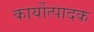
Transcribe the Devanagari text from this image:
कार्योत्पादक